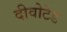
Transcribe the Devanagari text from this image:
दीवोटेड